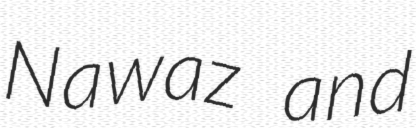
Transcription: Nawaz and